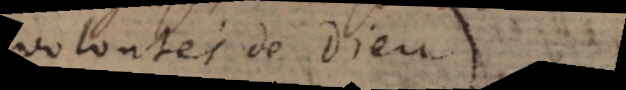
volontés de Dieu.